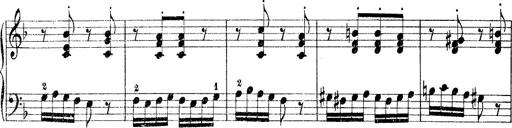
Title: Rapsodie: 19 ungheresi, 1 spagnuola
Composer: Franz Liszt